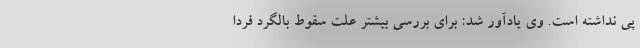
پی نداشته است. وی یادآور شد: برای بررسی بیشتر علت سقوط بالگرد فردا